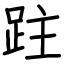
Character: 跓